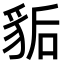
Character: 𧲿